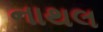
નાથલ